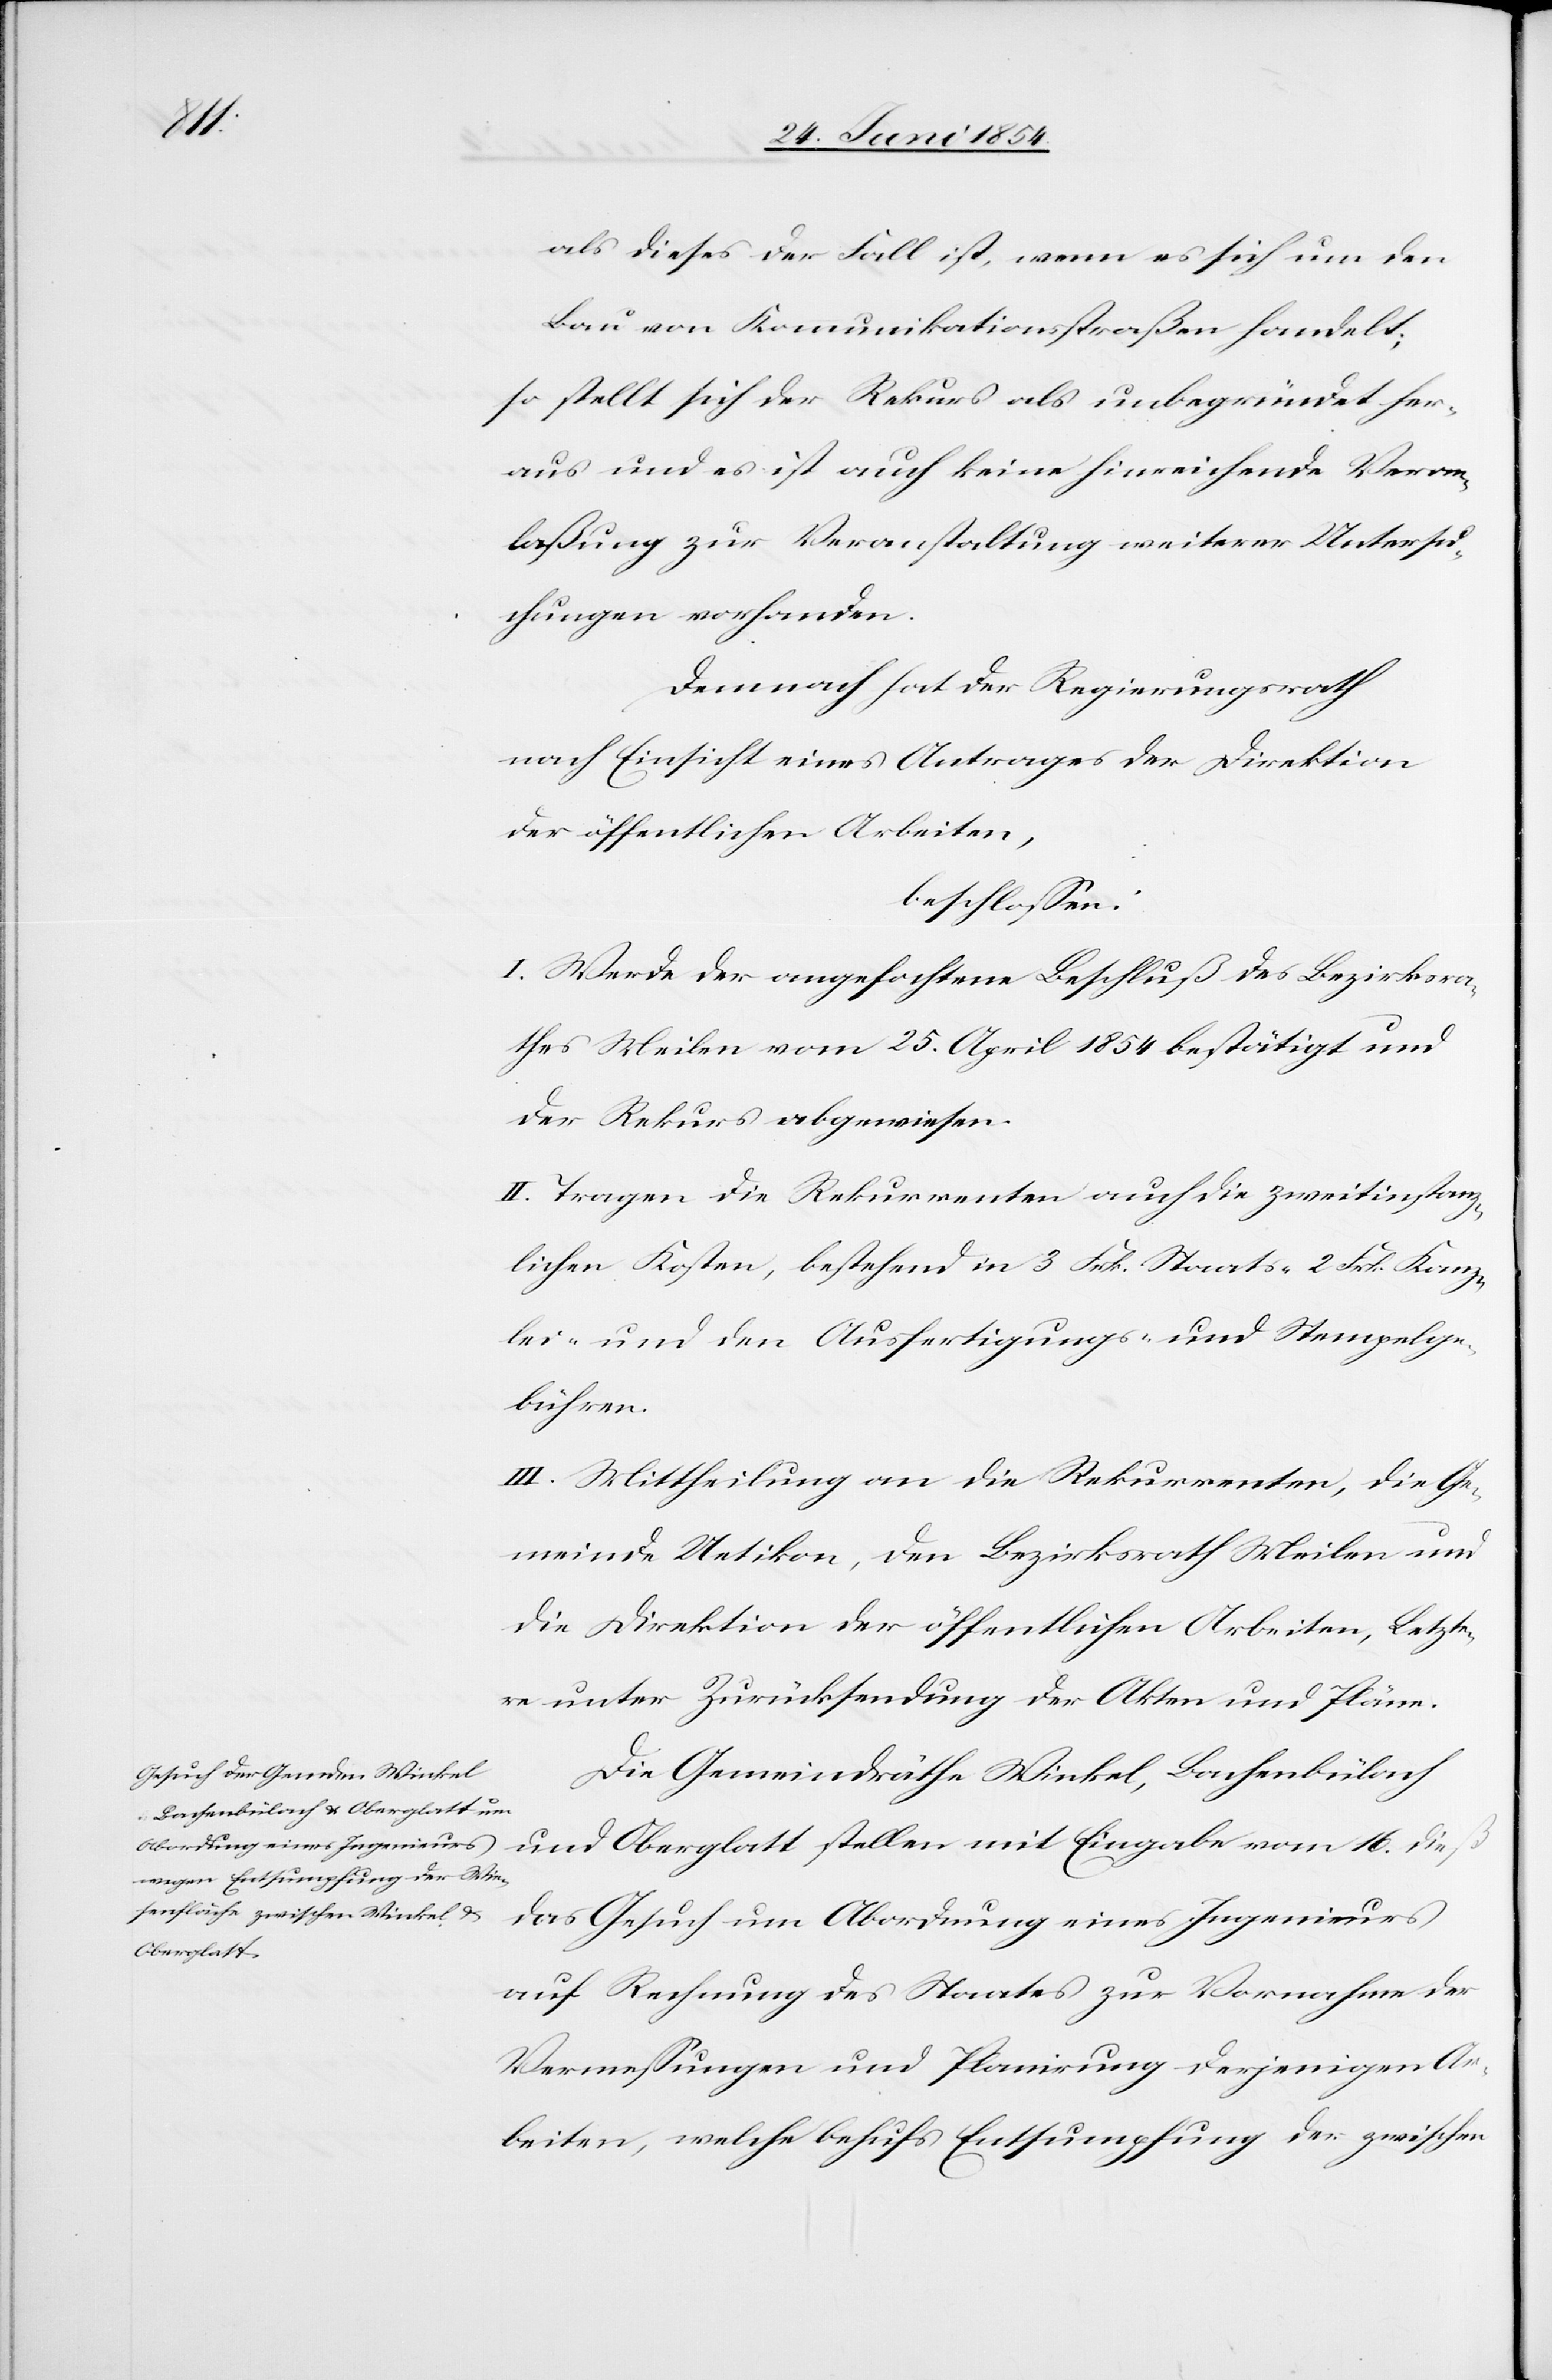
als dieses der Fall ist, wenn es sich um den
Bau von Kommunikationsstraßen handelt;
so stellt sich der Rekurs als unbegründet her¬
aus und es ist auch keine hinreichende Veran¬
laßung zur Veranstaltung weitere Untersu¬
chungen vorhanden.
Demnach hat der Regierungsrath
nach Einsicht eines Antrages der Direktion
der öffentlichen Arbeiten,
beschloßen:
I. Werde der angefochtene Beschluß des Bezirksra¬
thes Meilen vom 25. April 1854 bestätigt und
der Rekurs abgewiesen.
II. Tragen die Rekurrenten auch die zweitinstanz¬
lichen Kosten, bestehend in 3 Frk. Staats-[,] 2 Frk. Kanz¬
lei-[,] und den Ausfertigungs- und Stempelge¬
bühren.
III. Mittheilung an die Rekurrenten, die Ge¬
meinde Uetikon, den Bezirksrath Meilen und
die Direktion der öffentlichen Arbeiten, Letzte¬
re unter Zurücksendung der Akten und Pläne.
Die Gemeindräthe Winkel, Bachenbülach
und Oberglatt stellen mit Eingabe vom 16. dieß
das Gesuch um Abordnung eines Ingenieurs
auf Rechnung des Staates zur Vornahme der
Vermeßungen und Planirung derjenigen Ar¬
beiten, welche behufs Entsumpfung der zwischen